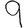
Digit: 9